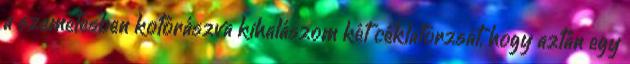
a szemetesben kotorászva kihalászom két céklatorzsát, hogy aztán egy